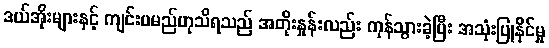
ဒယ်အိုးများနှင့် ကျင်းပမည်ဟုသိရသည် အတိုးနှုန်းလည်း ကုန်သွားခဲ့ပြီး အသုံးပြုနိုင်မှု